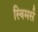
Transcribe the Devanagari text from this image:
स्विमर्स